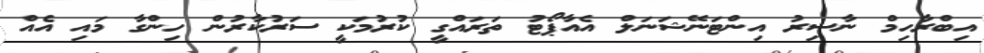
އިބްރާހިމް ނާސިރު އިންޓަނޭޝަނަލް އެއާޕޯޓު ތަރައްގީ ކުރުމަކީ ސަރުކާރުން ހިންގާ މައި އެއް